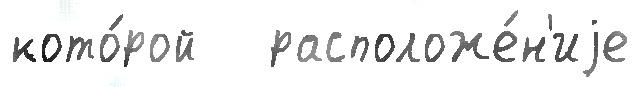
кото́рой   расположе́н'иjе